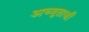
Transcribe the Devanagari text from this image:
अच्युताजी